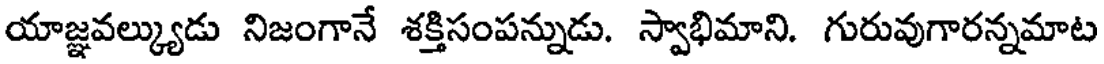
యాజ్ఞవల్క్యుడు నిజంగానే శక్తిసంపన్నుడు. స్వాభిమాని. గురువుగారన్నమాట